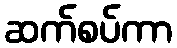
ဆက်စပ်ကာ